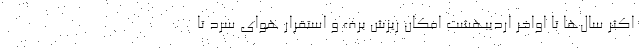
اکثر سال‌ها تا اواخر اردیبهشت امکان ریزش برف و استقرار هوای سرد تا